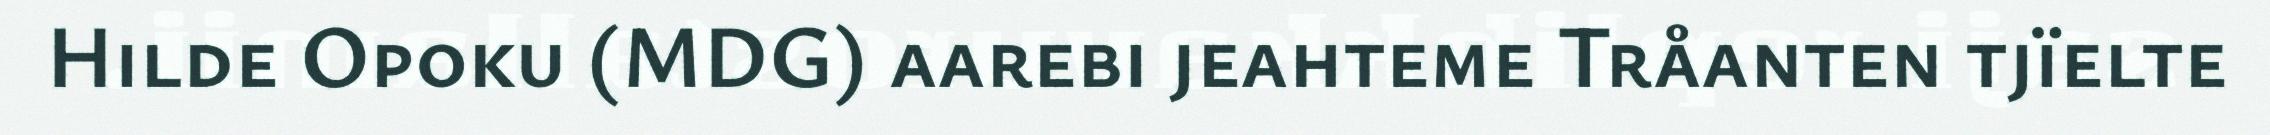
Hilde Opoku (MDG) aarebi jeahteme Tråanten tjïelte